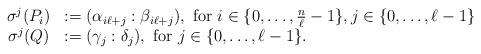
LaTeX: \begin{align*}\begin{array}{cl}\sigma^j(P_i) & := (\alpha_{i\ell + j}:\beta_{i\ell + j}), \textrm{ for } i \in \{0,\dots,\frac{n}{\ell}-1\}, j \in \{0,\dots,\ell-1\} \\\sigma^j(Q) & := (\gamma_{j} : \delta_{j}), \textrm{ for } j \in \{0,\dots,\ell-1\}.\end{array}\end{align*}